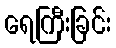
ရေကြီးခြင်း